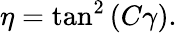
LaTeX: \eta=\tan^{2}\left(C\gamma\right).